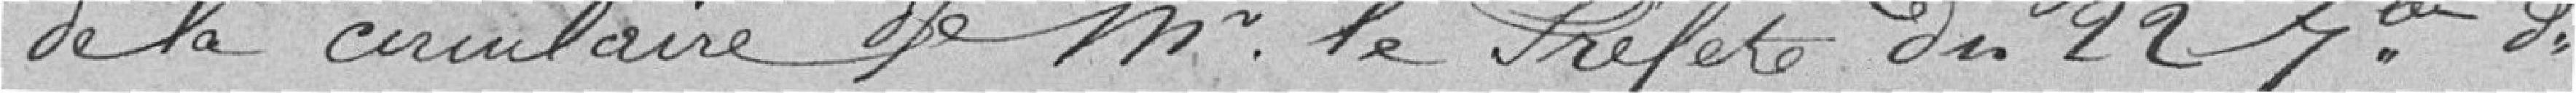
et de la circulaire de M. le Préfet du 22 7bre dernier